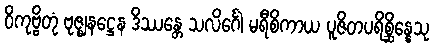
ဝိကုဗ္ဗိတုံ ဗုဇ္ဈနဋ္ဌေန ဒိဿန္တေ သလိင်္ဂေါ မရီစိကာယ ပူဇိတပရိစ္ဆိန္နေသု